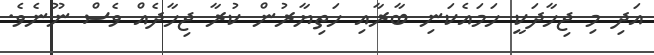
އަދި މި ޖިހާދަކީ ހަމައެކަނި ބާރާއި ހަތިޔާރުން ކުރާ ޖިހާދެއް ވެސް ނޫނެވެ.